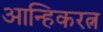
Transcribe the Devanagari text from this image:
आन्हिकरत्न